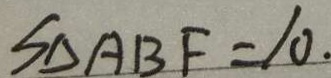
S _ { \Delta A B F } = 1 0 .